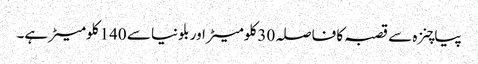
پیاچنزہ سے قصبہ کا فاصلہ 30 کلومیٹر اور بلونیا سے 140 کلومیٹر ہے۔